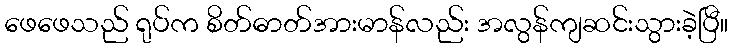
ဖေဖေသည် ရုပ်က စိတ်ဓာတ်အားမာန်လည်း အလွန်ကျဆင်းသွားခဲ့ပြီ။